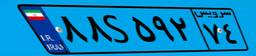
۸۸S۵۹۲۷۴